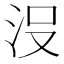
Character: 𣳚